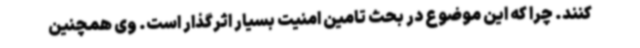
کنند. چرا که این موضوع در بحث تامین امنیت بسیار اثرگذار است. وی همچنین